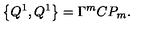
\left\{ Q ^ { 1 } , Q ^ { 1 } \right\} = \Gamma ^ { m } C P _ { m } .